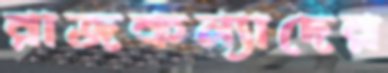
রাজকন্যাদের